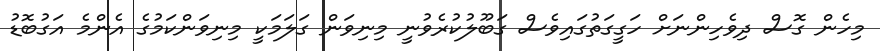
މިހެން ގޮސް ދިވެހިންނަށް ހަގީގަތުގައިވެސް ގަބޫލުކުރެވުނީ މިނިވަން ގަލަމަކީ މިނިވަންކަމުގެ އެންމެ އަގުބޮޑު